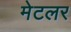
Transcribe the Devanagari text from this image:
मेटलर